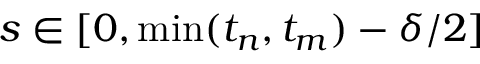
s \in [ 0 , \operatorname* { m i n } ( t _ { n } , t _ { m } ) - \delta / 2 ]